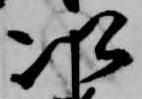
次